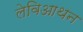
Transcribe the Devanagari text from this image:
लेविआथन